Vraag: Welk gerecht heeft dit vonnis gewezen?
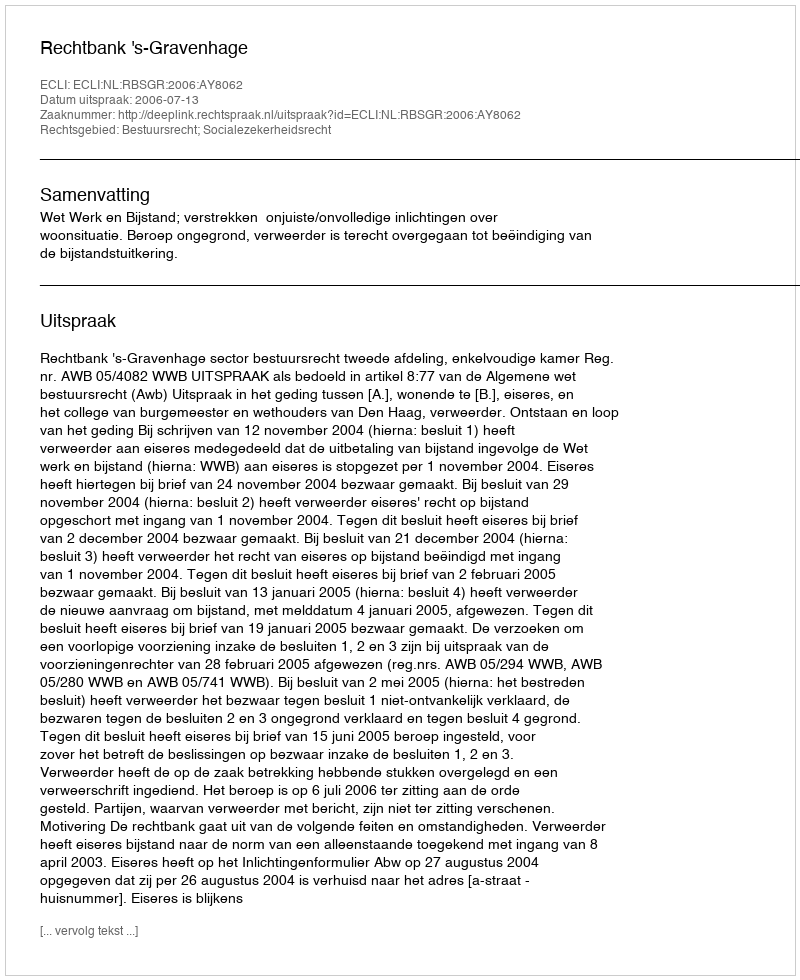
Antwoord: Rechtbank 's-Gravenhage